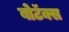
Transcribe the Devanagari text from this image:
बोटॅक्स